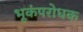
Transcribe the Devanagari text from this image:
भूकंपरोधक